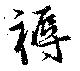
褥